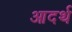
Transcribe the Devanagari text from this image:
आदर्थ